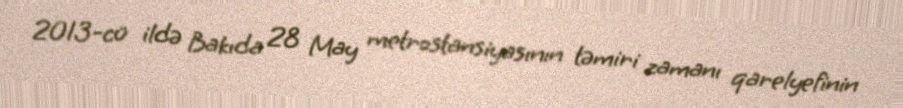
2013-cü ildə Bakıda 28 May metrostansiyasının təmiri zamanı qarelyefinin